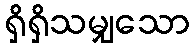
ရှိရှိသမျှသော